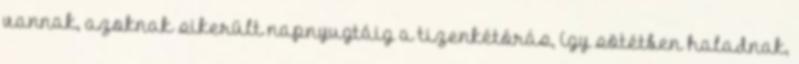
vannak, azoknak sikerült napnyugtáig a tizenkétórás, így sötétben haladnak,